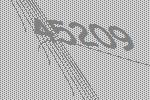
45209